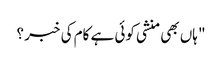
" ہاں بھی منشی کوئی ہے کام کی خبر ؟